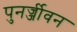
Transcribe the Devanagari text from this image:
पुनर्ज्जीवन